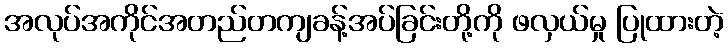
အလုပ်အကိုင်အတည်တကျခန့်အပ်ခြင်းတို့ကို ဖလှယ်မှု ပြုထားတဲ့